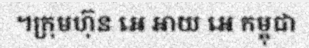
។ក្រុមហ៊ុន អេ អាយ អេ កម្ពុជា